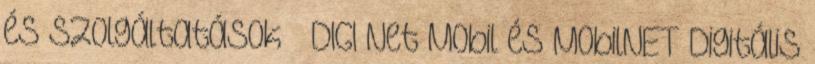
és Szolgáltatások » DIGI Net Mobil és MobilNET Digitális